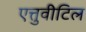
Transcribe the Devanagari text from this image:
एत्तुवीटिल